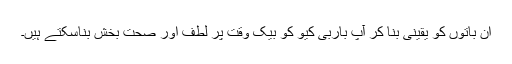
ان باتوں کو یقینی بنا کر آپ باربی کیو کو بیک وقت پر لطف اور صحت بخش بناسکتے ہیں۔